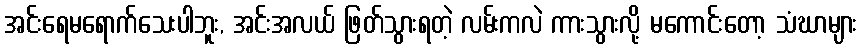
အင်းရေမရောက်သေးပါဘူး, အင်းအလယ် ဖြတ်သွားရတဲ့ လမ်းကလဲ ကားသွားလို့ မကောင်းတော့ သံဃာများ